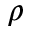
\rho